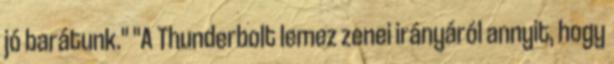
jó barátunk." "A Thunderbolt lemez zenei irányáról annyit, hogy